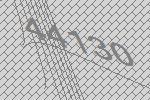
44130